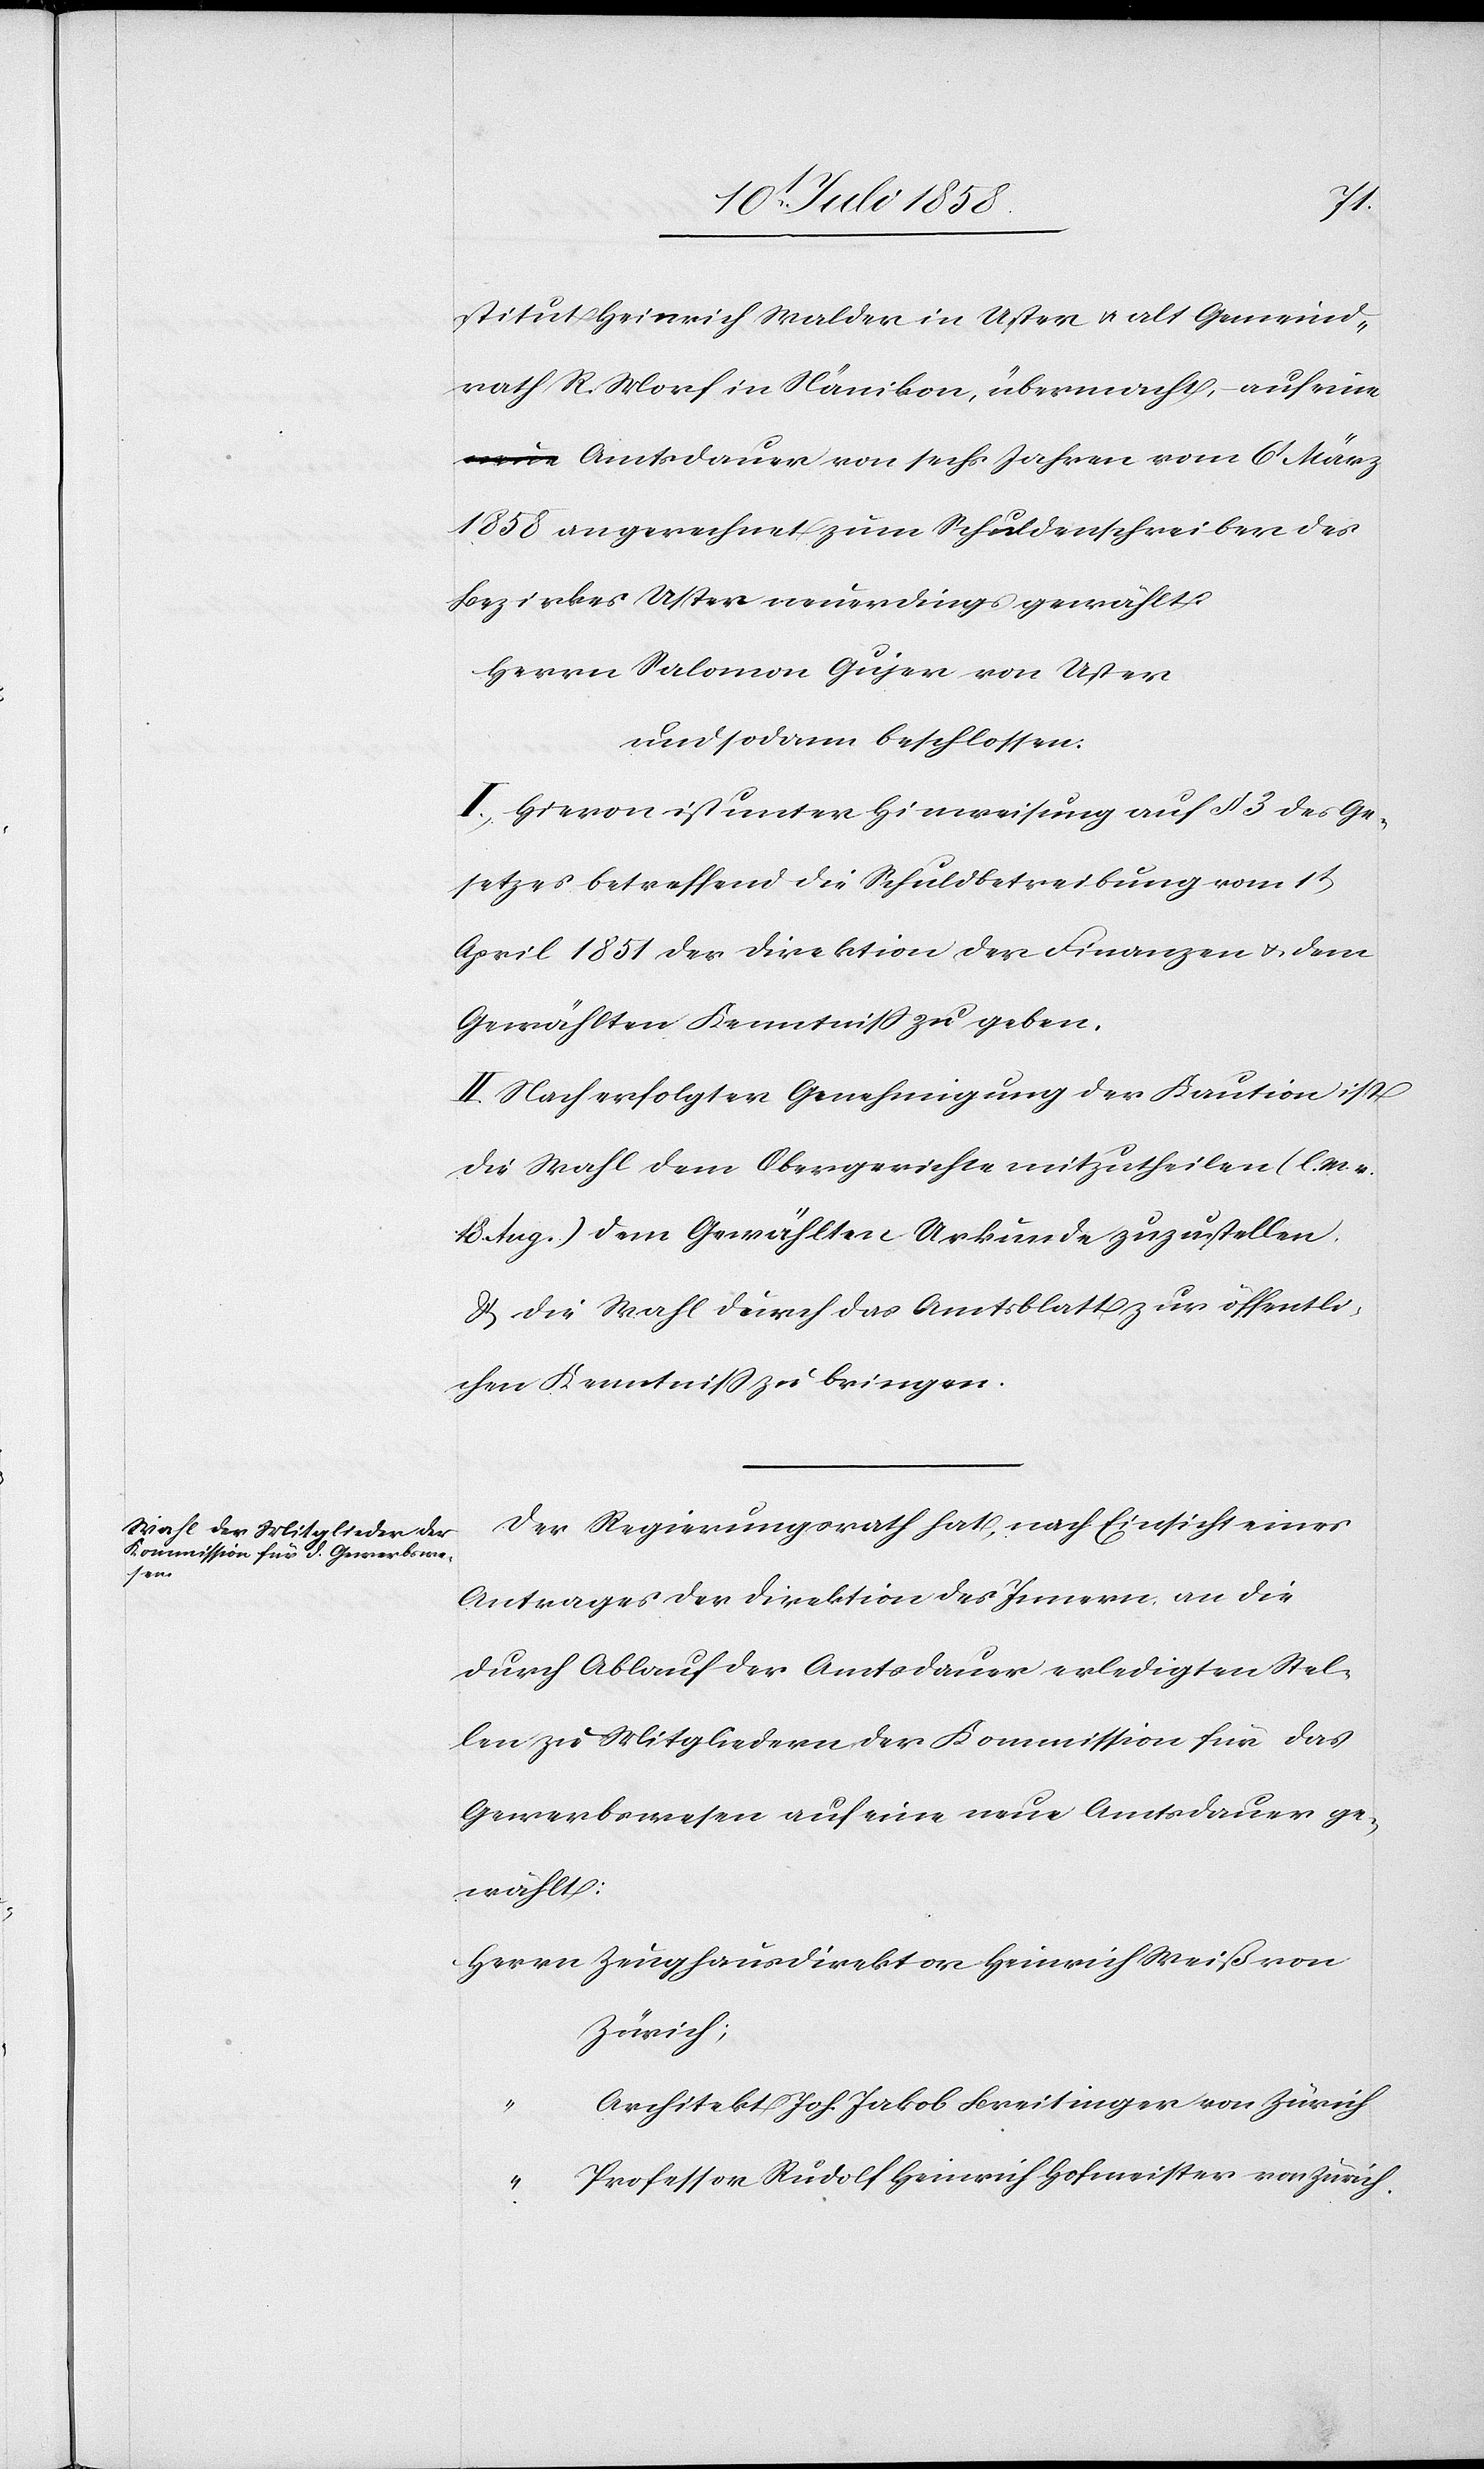
18.
stitut Heinrich Walder in Uster & alt Gemeind¬
rath R. Morf in Nänikon, übermacht, – auf eine
a-neue-a Amtsdauer von sechs Jahren vom 6t März
1858 angerechnet zum Schuldenschreiber des
Bezirkes Uster neuerdings gewählt:
Herrn Salomon Gujer von Uster
und sodann beschlossen:
I. Hievon ist unter Hinweisung auf § 3 des Ge¬
setzes betreffend die Schuldbetreibung vom 1t
April 1851 der Direktion der Finanzen & dem
Gewählten Kenntniss zu geben.
II. Nach erfolgter Genehmigung der Kaution ist
die Wahl dem Obergerichte mitzutheilen (l.
Aug.) dem Gewählten Urkunde zuzustellen
& die Wahl durch das Amtsblatt zur öffentli¬
chen Kenntniss zu bringen.
Der Regierungsrath hat, nach Einsicht eines
Antrages der Direktion des Innern, an die
durch Ablauf der Amtsdauer erledigten Stel¬
len zu Mitgliedern der Kommission für das
Gewerbswesen auf eine neue Amtsdauer ge¬
wählt:
Herrn Zeughausdirektor Heinrich Weiß von
Zürich;
Architekt Joh. Jakob Breitinger von Zürich
“ Professor Rudolf Heinrich Hofmeister von Zürich.